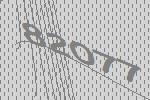
82077